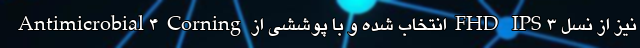
نیز از نسل FHD IPS3 انتخاب شده و با پوششی از Antimicrobial4 Corning